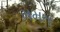
મમત